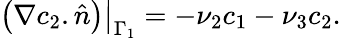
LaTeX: \left(\nabla c_{2}.\hat{n}\right)\big|_{\Gamma_{1}}=-\nu_{2}c_{1}-\nu_{3}c_{2}.